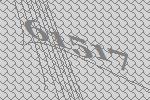
61517